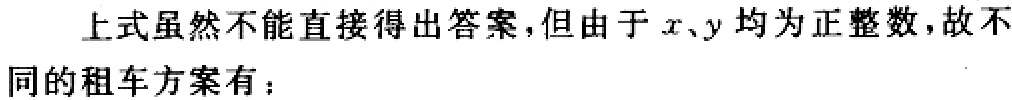
上式虽然不能直接得出答案，但由于\(x、y\)均为正整数，故不同的租车方案有：